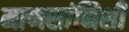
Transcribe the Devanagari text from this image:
माणसांनिशी